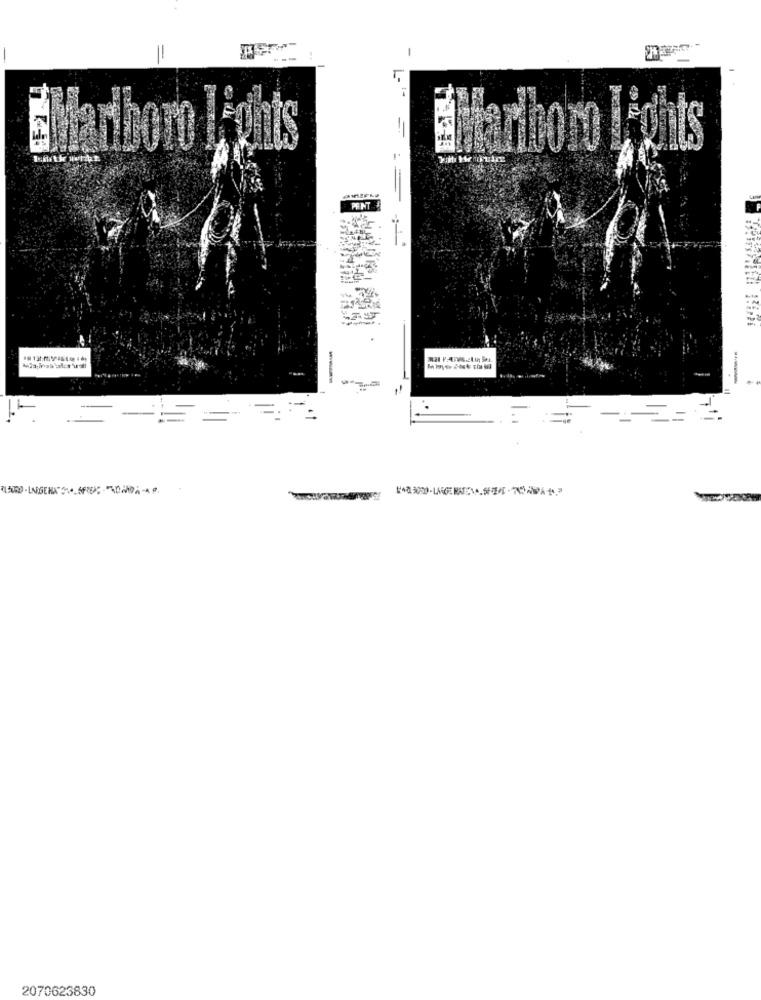
=
-
F-1
Marlboro Lights
PENT
LORD . LAIGERN O SPRE: - DIA-
2070623830